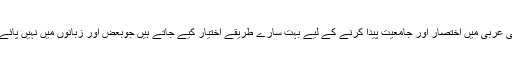
کلاسیکی عربی میں اختصار اور جامعیت پیدا کرنے کے لیے بہت سارے طریقے اختیار کیے جاتے ہیں جوبعض اور زبانوں میں نہیں پائے جاتے۔